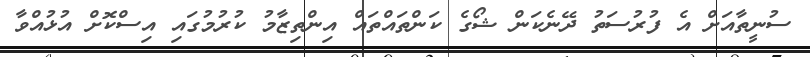
ސުނީތާއަށް އެ ފުރުސަތު ދޭނެކަން ޝޯގެ ކަންތައްތައް އިންތިޒާމު ކުރުމުގައި އިސްކޮށް އުޅުއްވާ